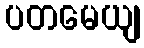
ပတမေယျ